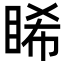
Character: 睎